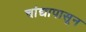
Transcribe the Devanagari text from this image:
चांद्यापासून